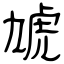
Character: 虓